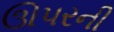
ઊપરની